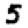
Digit: 5